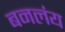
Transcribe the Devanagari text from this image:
बनलंय